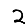
Digit: 2